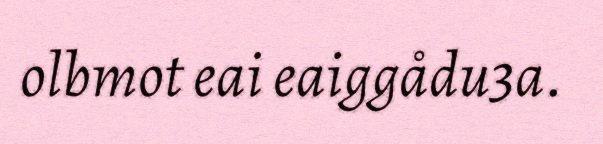
olbmot eai eaiggådu3a.